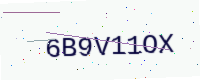
Text: 6B9V11OX